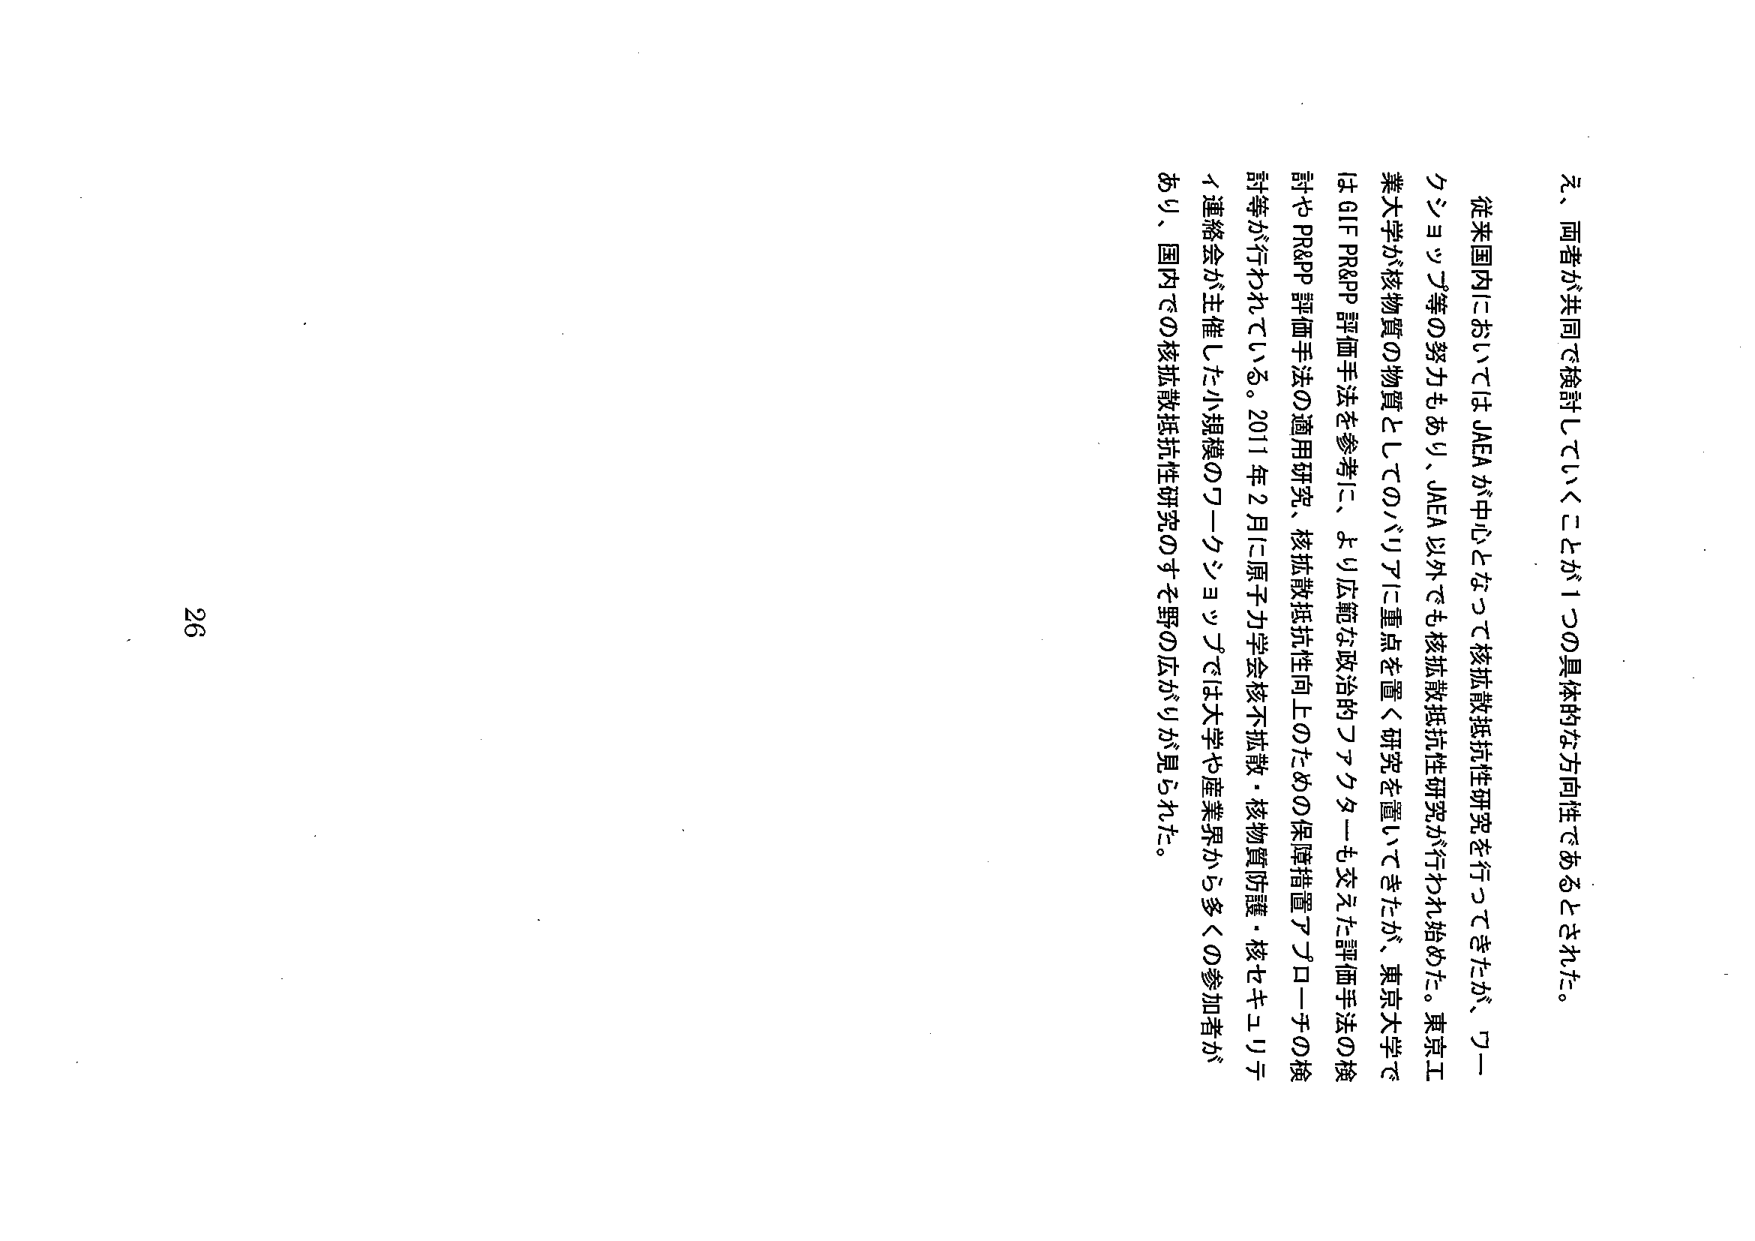
元、両者が共同で検討していくことが1つの具体的な方向性であるとされた。

従来国内においてはJAEAが中心となって核拡散抵抗性研究を行ってきたが、ワークショップ等の努力もあり、JAEA以外でも核拡散抵抗性研究が行われ始めた。東京工業大学が核物質の物質としてのバリアに重点を置く研究を置いてきたが、東京大学ではGIF PR&PP評価手法を参考に、より広範な政治的アプローチも交えた評価手法の検討やPR&PP評価手法の適用研究、核拡散抵抗性向上のための保障措置アプローチの検討等が行われている。2011年2月に原子力学会核不拡散・核物質防護・核セキュリティ運営会が主催した小規模のワークショップでは大学や産業界から多くの参加者がおり、国内での核拡散抵抗性研究のすそ野の広がりが見られた。

26